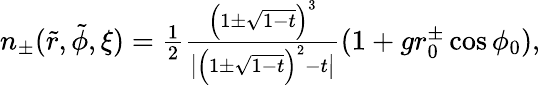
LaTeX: \begin{array}{r}{n_{\pm}(\tilde{r},\tilde{\phi},\xi)=\frac{1}{2}\frac{\left(1\pm\sqrt{1-t}\right)^{3}}{\big|\left(1\pm\sqrt{1-t}\right)^{2}-t\big|}(1+gr_{0}^{\pm}\cos\phi_{0}),}\end{array}